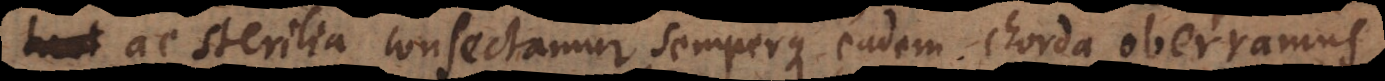
ac sterilia consectamur, semperque eadem chorda oberramus,